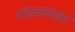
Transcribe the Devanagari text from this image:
भेंडवळच्या